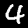
Digit: 4